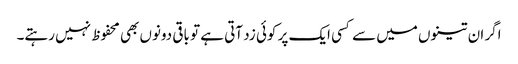
اگر ان تینوں میں سے کسی ایک پر کوئی زد آتی ہے تو باقی دونوں بھی محفوظ نہیں رہتے۔